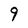
Character: 9